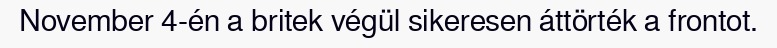
November 4-én a britek végül sikeresen áttörték a frontot.